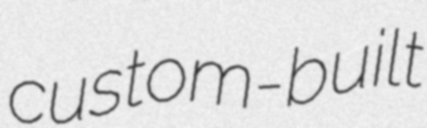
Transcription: custom-built